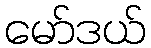
မော်ဒယ်